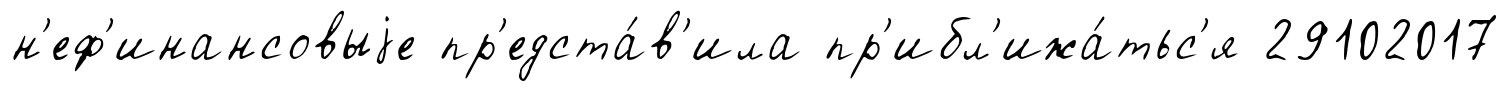
н'еф'инансовыjе пр'едста́в'ила пр'ибл'ижа́тьс'я 29102017